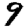
Digit: 9